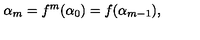
\alpha _ { m } = f ^ { m } ( \alpha _ { 0 } ) = f ( \alpha _ { m - 1 } ) ,